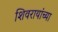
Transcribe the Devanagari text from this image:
शिवरायांच्या